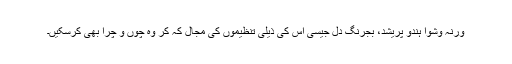
ورنہ وشوا ہندو پریشد، بجرنگ دل جیسی اس کی ذیلی تنظیموں کی مجال کہ کر وہ چوں و چرا بھی کرسکیں۔